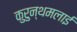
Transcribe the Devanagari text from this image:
कुरुन्थमलाई